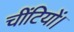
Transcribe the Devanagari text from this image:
चींटियों।